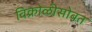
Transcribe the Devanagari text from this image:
विक्रोळीसोबत